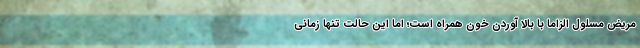
مریض مسلول الزاما با بالا آوردن خون همراه است؛ اما این حالت تنها زمانی